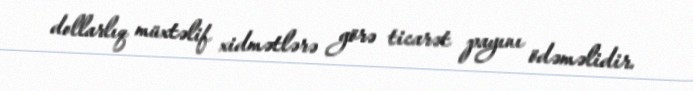
dollarlıq müxtəlif xidmətlərə görə ticarət payını ödəməlidir.